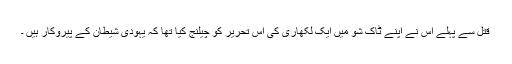
قتل سے پہلے اس نے اپنے ٹاک شو میں ایک لکھاری کی اس تحریر کو چیلنج کیا تھا کہ یہودی شیطان کے پیروکار ہیں ۔